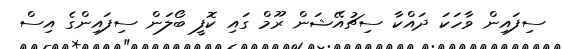
ސިފައިން ވާހަކަ ދައްކާ ސިޗުއޭޝަން ރޫމް ގައި ކޮފީ ބޯލަން ސިފައިންގެ އިސް